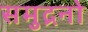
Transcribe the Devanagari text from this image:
समुद्रनो